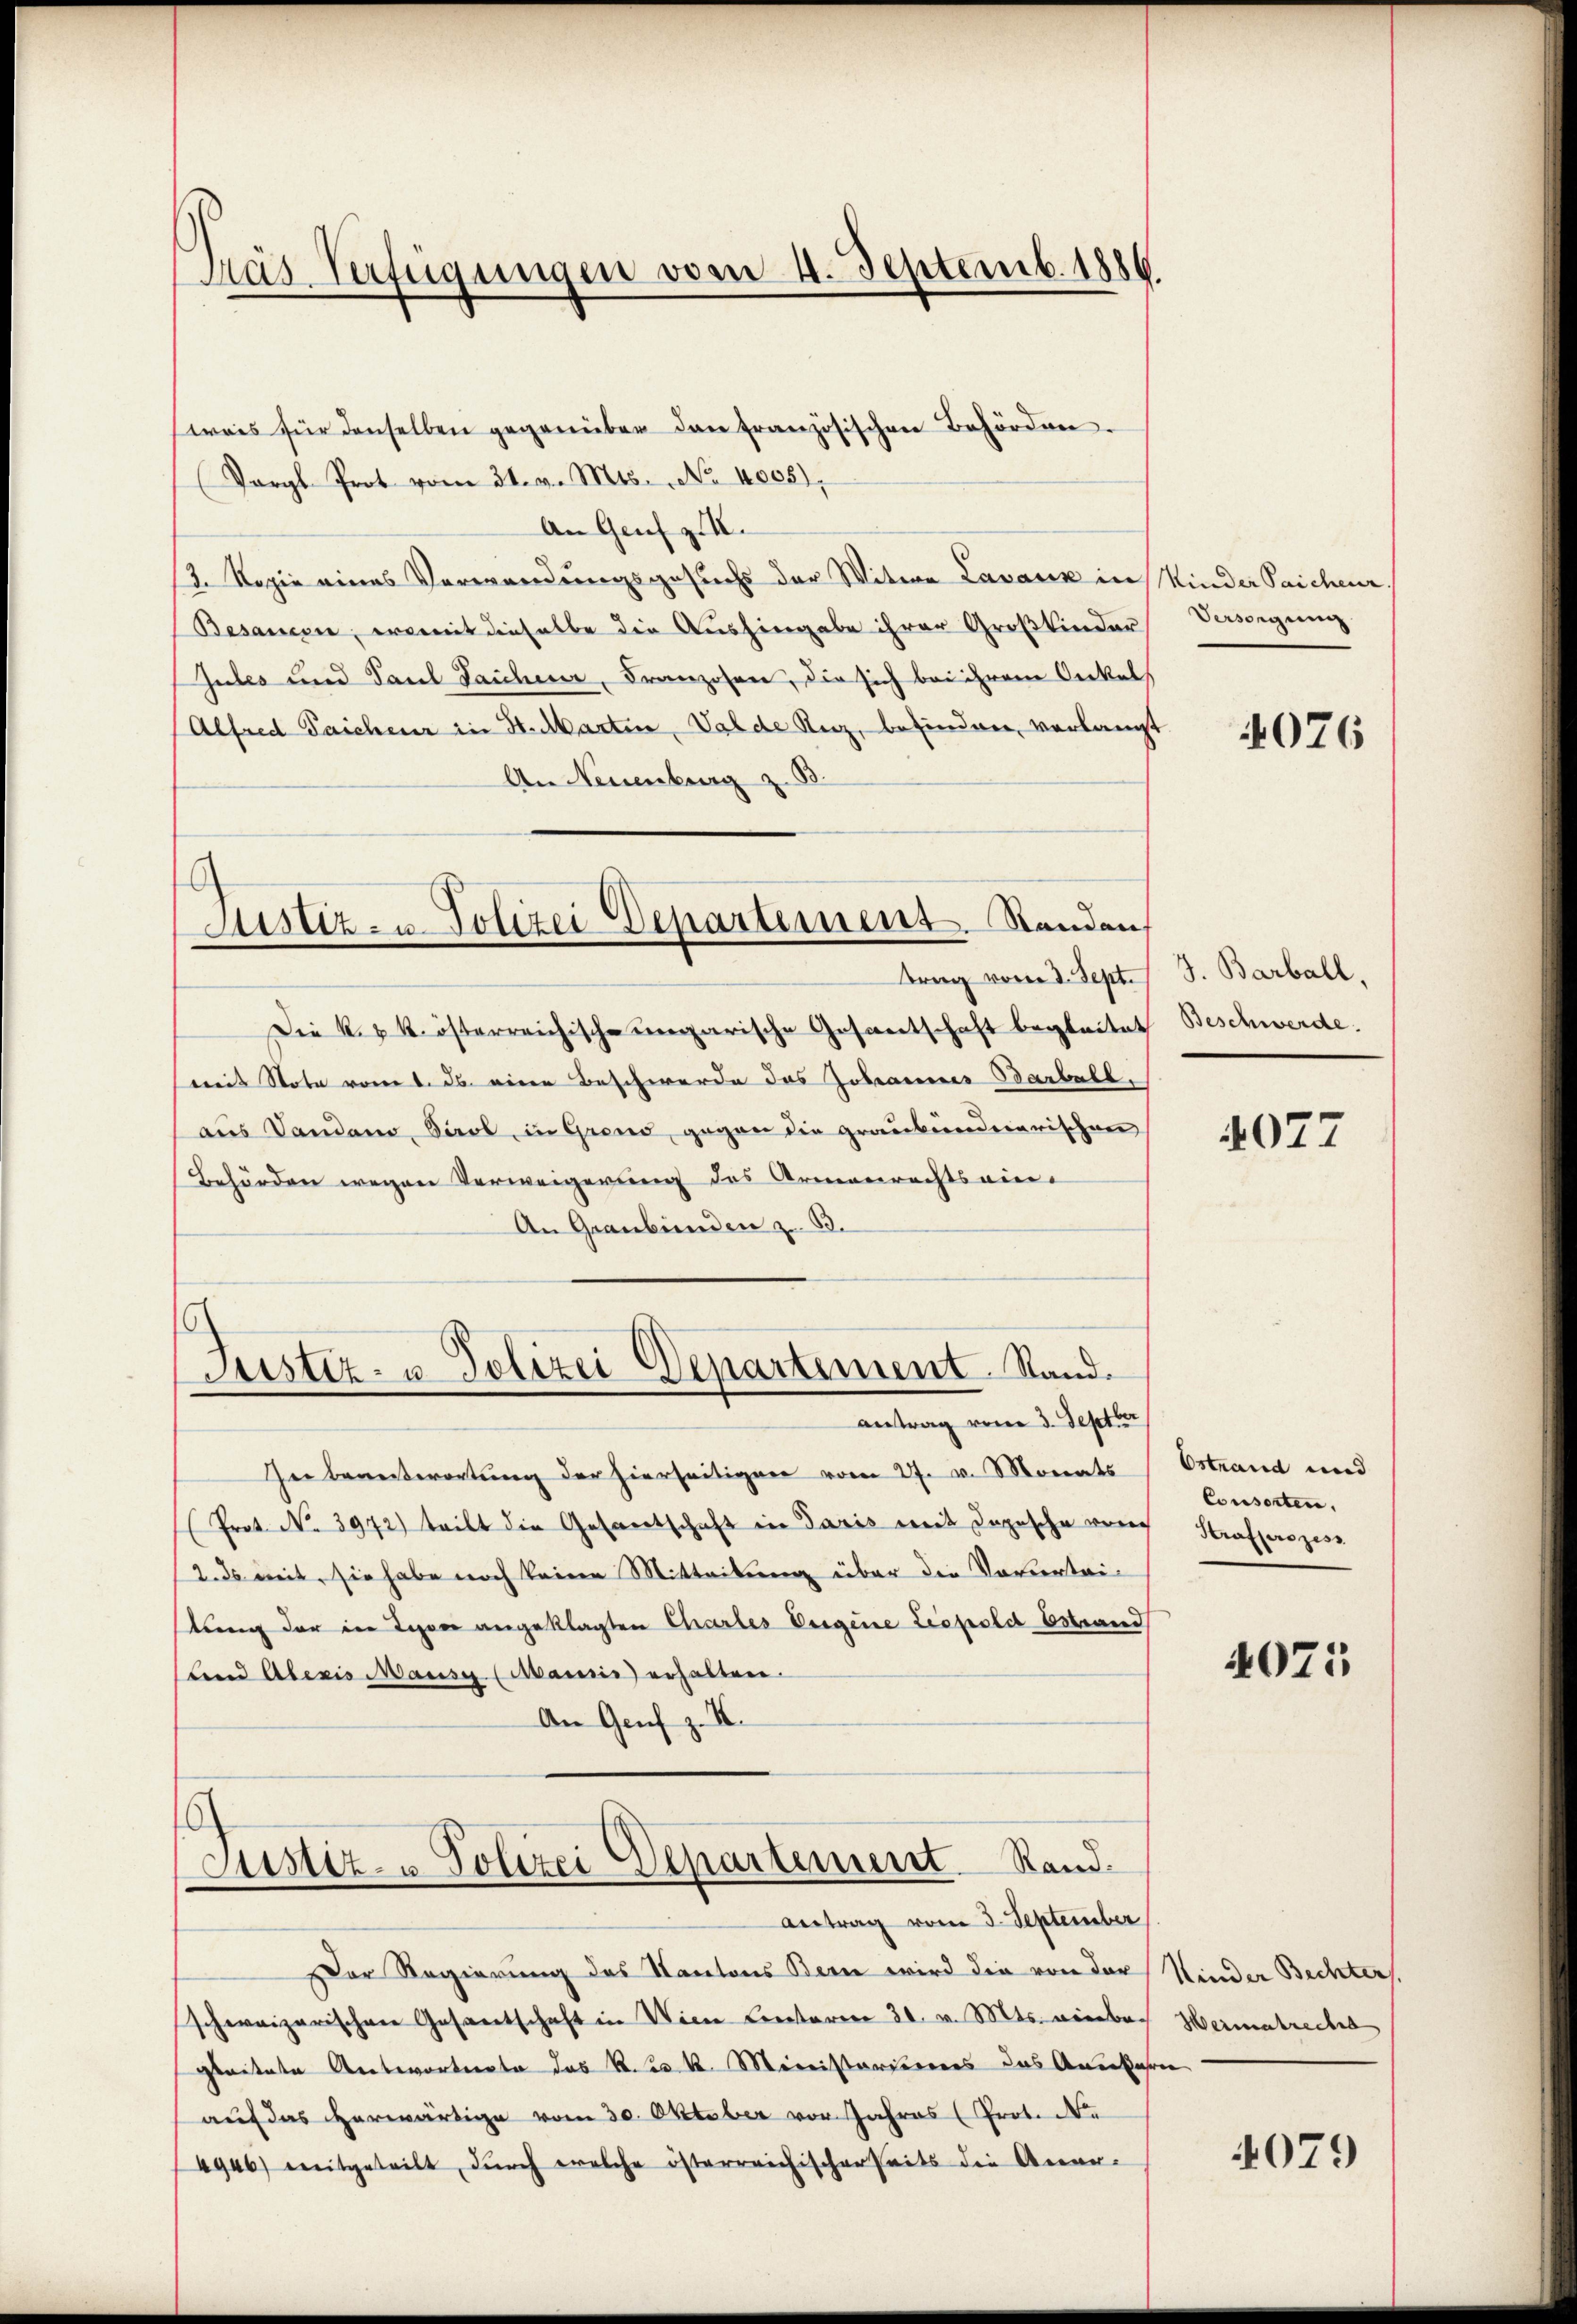
Das Verfügungen vom 4. Septemb. 1886.

wais für denselben gegenüber dan französischen Behörden.
Pargl-Prot vom 31. v. Mts. No 4008),
An Genf zIII.
2. Kopie eines Verwendungsgesuchs der Witwe Lavaux in Minder Sachenr
Besamen, womit dieselbe die Aushingabe ihrer Großkinder
Gutes und Paul Laichen, Franzosen, die sich bei ihrem Onkelh
Alfred Taicher in St. Marten, Valde Reiz, befinden, verlangt
An Neuenburg z.

trag vom 2. Sept.
Die k. k. österreichisch-ungarische Gesantschaft begleitet Beschwerde.
mis Note vom 1. ds. einen Beschwerde das Johannes Barbeit.
aus Vandano, Tirol, in Grond, gegen die graubünderarischen
Behörden wegen Verweigerung des Armenrechtseine
An Graubünden z. B.

Ger Beantwortung der hierseitigen vom 27. v. Monats
(Prot. No. 3972) teilt die Gesandtschaft in Paris mit Depesche von
2. ds mit, sie habe noch keine Mitteilung über die Vorvertri-
stung der in Lyon angeklagten Chartes Eigene Liepold Estrand
tend Aberis Mause (Mansis) erhalten.
An Genf z. B.

Justiz- u. Polizei Departement. Standen,

Justiz- u. Polizei Departement. Stand.
antrag vom 3. Septber

6
Justiz- u Polizei Departement Rand¬
Antrag vom 3. September

Der Regierung des Kantons Bern wird die von der
schweizerischen Gesantschaft in Wien Centaren 30. v. Mts. niebe
gleitete Antwortete das R. k. Mireistanderers das Anerfahren
aŭf das herwärtige vom 30. Oktober vor Jahres (Prot. N.
4946) mitgeteilt, durch welche österreichischerheits die Aner-

Versorgung

4076

J. Barball,

4077

Ostrand und
Consorten.
Strafprozess

4021

Kinder Bechter
Hermalreche

4079